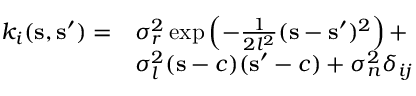
\begin{array} { r l } { k _ { i } ( \mathbf { s } , \mathbf { s } ^ { \prime } ) = } & { \sigma _ { r } ^ { 2 } \exp \left( - \frac { 1 } { 2 l ^ { 2 } } ( \mathbf { s } - \mathbf { s } ^ { \prime } ) ^ { 2 } \right) + } \\ & { \sigma _ { l } ^ { 2 } ( \mathbf { s } - c ) ( \mathbf { s } ^ { \prime } - c ) + \sigma _ { n } ^ { 2 } \delta _ { i j } } \end{array}